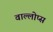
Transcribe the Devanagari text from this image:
वाल्लोप्स